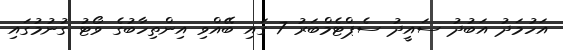
އަހުމަދު އަބުދު ސައީދު ސެޕްޓެމްބަރު 7 ގައި ބޭއްވި އިންތިހާބުގެ ވޯޓު ގުނުމުގައި